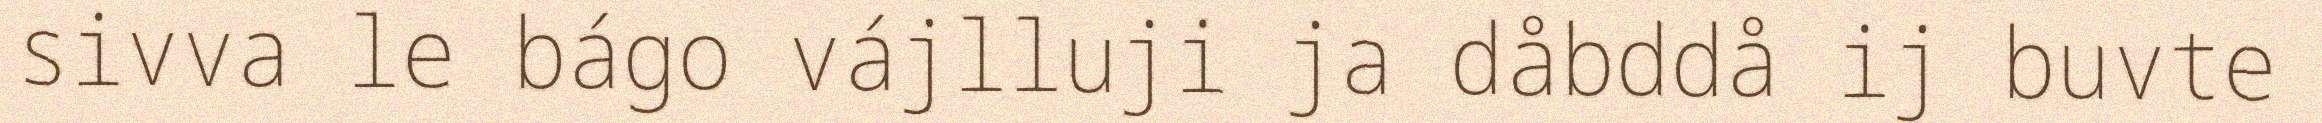
sivva le bágo vájlluji ja dåbddå ij buvte